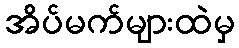
အိပ်မက်များထဲမှ